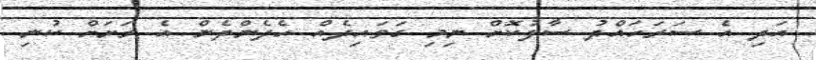
އަދި އެ ސަރަހައްދު ސާފުކޮށް ނިމި ގަވައިދެއް ހެދެންދެން އެ ރަށަށް ކުނި